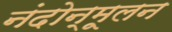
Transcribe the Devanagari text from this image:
नंदोन्मूलन